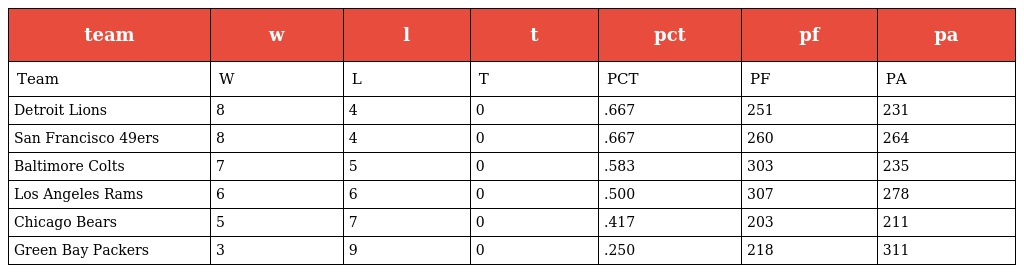
| team | w | l | t | pct | pf | pa |
 | --- | --- | --- | --- | --- | --- | --- |
 | Team | W | L | T | PCT | PF | PA |
 | Detroit Lions | 8 | 4 | 0 | .667 | 251 | 231 |
 | San Francisco 49ers | 8 | 4 | 0 | .667 | 260 | 264 |
 | Baltimore Colts | 7 | 5 | 0 | .583 | 303 | 235 |
 | Los Angeles Rams | 6 | 6 | 0 | .500 | 307 | 278 |
 | Chicago Bears | 5 | 7 | 0 | .417 | 203 | 211 |
 | Green Bay Packers | 3 | 9 | 0 | .250 | 218 | 311 |